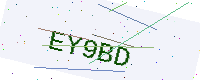
Text: EY9BD